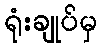
ရုံးချုပ်မှ